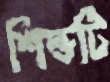
শিল্ডটি